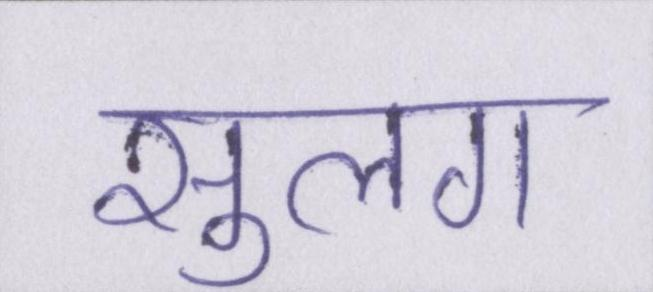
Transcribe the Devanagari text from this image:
सुलग